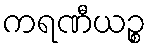
ကရဏီယဉ္စ